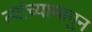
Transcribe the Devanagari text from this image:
त्यांच्यामागुन